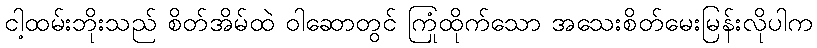
ငါ့ထမ်းဘိုးသည် စိတ်အိမ်ထဲ ဝါဆောတွင် ကြုံထိုက်သော အသေးစိတ်မေးမြန်းလိုပါက